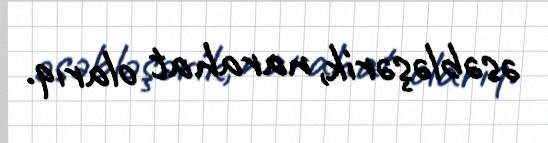
əsəbləşərik, narahat olarıq.